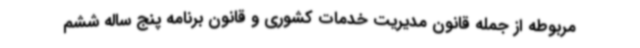
مربوطه از جمله قانون مدیریت خدمات کشوری و قانون برنامه پنج ساله ششم